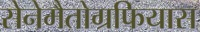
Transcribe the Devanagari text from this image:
सेनेमैतोग्रफियास